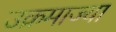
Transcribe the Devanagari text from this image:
उक्रमाज्या